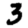
Digit: 3